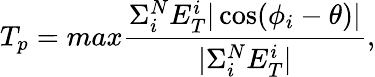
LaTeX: T_{p}=max\frac{\Sigma_{i}^{N}E_{T}^{i}|\cos(\phi_{i}-\theta)|}{|\Sigma_{i}^{N}E_{T}^{i}|},